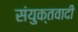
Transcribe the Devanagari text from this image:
संयुक्तवादी